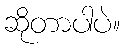
ဆိုတာပါပဲ။